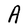
Character: A